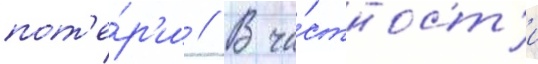
пот'е́р'и // В ча́стност'и